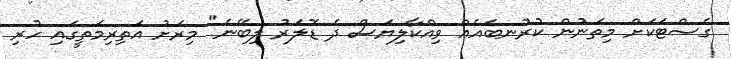
ގެސްޓަކަށް މިތަނުން ކުރުނބައެއް ވިއްކާލިޔަސް ދެ ޑޮލަރު ލިބޭނެ" މިރަށު އަތިރިމަތީގައި ހުރި